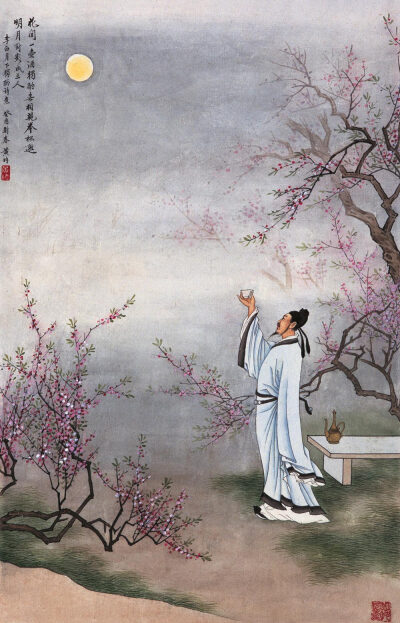
暂伴月将影，行乐须及春。